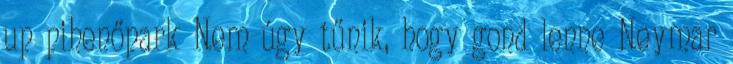
up pihenőpark Nem úgy tűnik, hogy gond lenne Neymar